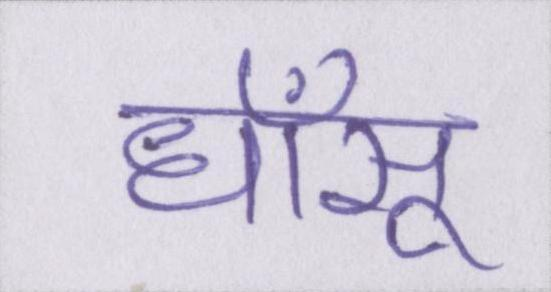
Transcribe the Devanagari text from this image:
धाँसू